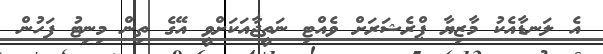
އެ ލަނޑާއެކު މާޒިޔާ ޕްރެޝަރަށް ވެއްޓި ނަތީޖާއަކަށްވީ އޭގެ ތިން މިނިޓު ފަހުން